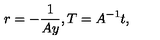
r = - \frac { 1 } { A y } , T = A ^ { - 1 } t ,